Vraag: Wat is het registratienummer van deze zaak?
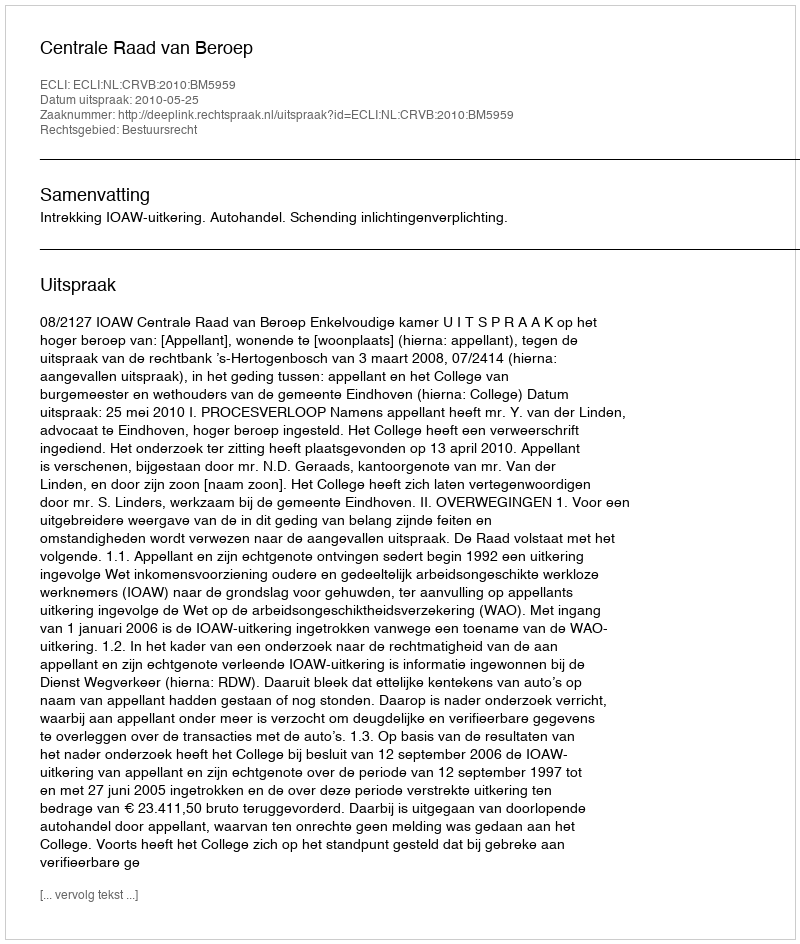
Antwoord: http://deeplink.rechtspraak.nl/uitspraak?id=ECLI:NL:CRVB:2010:BM5959